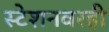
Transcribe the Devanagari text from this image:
स्टेशनवरही